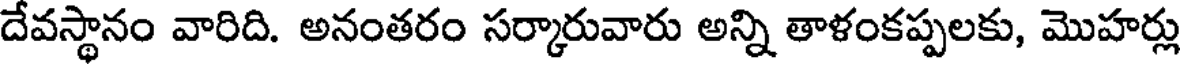
దేవస్థానం వారిది. అనంతరం సర్కారువారు అన్ని తాళంకప్పలకు, మొహర్లు